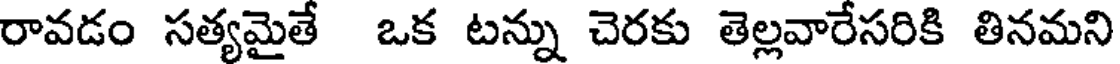
రావడం సత్యమైతే ఒక టన్ను చెరకు తెల్లవారేసరికి తినమని